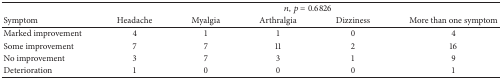
<table><thead><tr><td><b> </b></td><td colspan="5"><b><i>n</i>, <i>p</i> = 0.6826</b></td></tr><tr><td><b>Symptom</b></td><td><b>Headache</b></td><td><b>Myalgia</b></td><td><b>Arthralgia</b></td><td><b>Dizziness</b></td><td><b>More than one symptom</b></td></tr></thead><tbody><tr><td>Marked improvement</td><td>4</td><td>1</td><td>1</td><td>0</td><td>4</td></tr><tr><td>Some improvement</td><td>7</td><td>7</td><td>11</td><td>2</td><td>16</td></tr><tr><td>No improvement</td><td>3</td><td>7</td><td>3</td><td>1</td><td>9</td></tr><tr><td>Deterioration</td><td>1</td><td>0</td><td>0</td><td>0</td><td>1</td></tr></tbody></table>